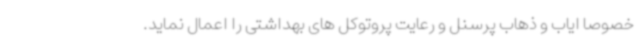
خصوصا ایاب و ذهاب پرسنل و رعایت پروتوکل های بهداشتی را اعمال نماید.